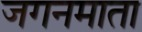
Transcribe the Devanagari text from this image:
जगनमाता